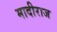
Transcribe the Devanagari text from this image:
मादीराज